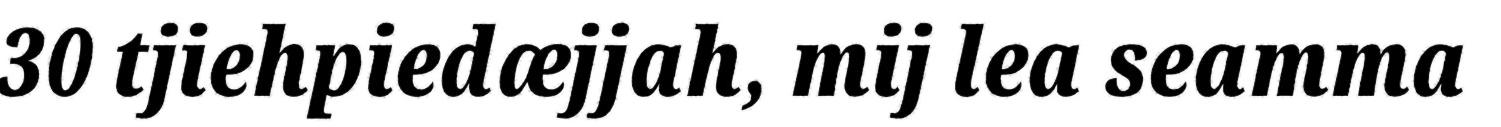
30 tjiehpiedæjjah, mij lea seamma